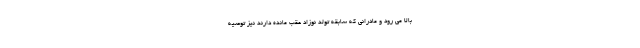
بالا می رود و مادرانی که سابقه تولد نوزاد عقب مانده دارند نیز توصیه